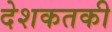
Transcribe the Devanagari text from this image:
देशकतकी